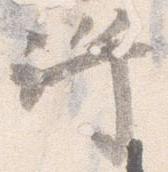
許